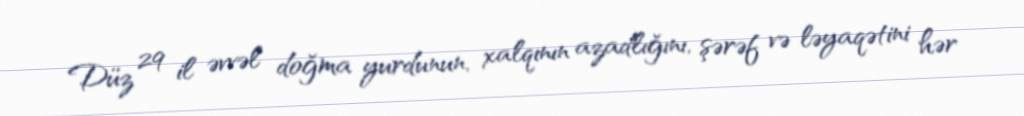
Düz 29 il əvvəl doğma yurdunun, xalqının azadlığını, şərəf və ləyaqətini hər